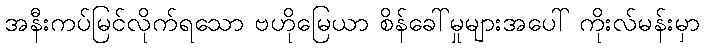
အနီးကပ်မြင်လိုက်ရသော ဗဟိုမြေယာ စိန်ခေါ်မှုများအပေါ် ကိုးလ်မန်းမှာ